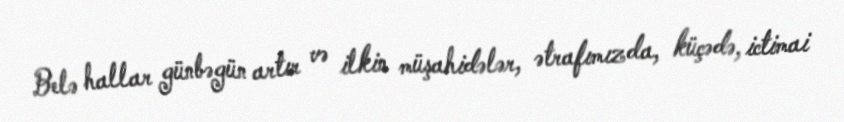
Belə hallar günbəgün artır və ilkin müşahidələr, ətrafımızda, küçədə, ictimai